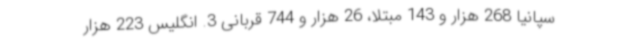
سپانیا 268 هزار و 143 مبتلا، 26 هزار و 744 قربانی 3. انگلیس 223 هزار